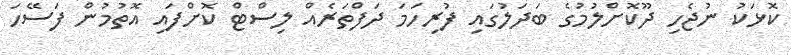
ކޮޅަކު ނުޖެހި ދޫކޮށްލުމުގެ ބަދަލުގައި ފުރިހަމަ ދަފްތަރެއް ލިސްޓް ކޮށްފައި އޮތުމުން ފަސޭހަ